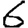
Digit: 6